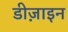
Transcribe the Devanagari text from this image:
डीज़ाइन